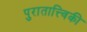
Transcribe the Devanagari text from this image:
पुरातात्त्विकी